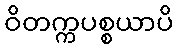
ဝိတက္ကပစ္စယာပိ